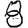
Digit: 8